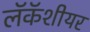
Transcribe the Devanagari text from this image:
लॅकॅशीयर